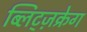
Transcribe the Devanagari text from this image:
ब्लिट्ज़क्रेग